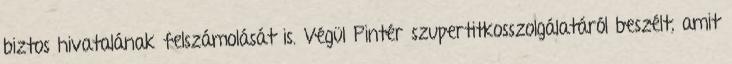
biztos hivatalának felszámolását is. Végül Pintér szupertitkosszolgálatáról beszélt, amit